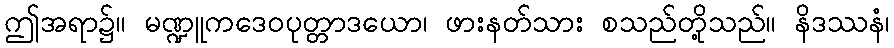
ဤအရာ၌။ မဏ္ဍူကဒေဝပုတ္တာဒယော၊ ဖားနတ်သား စသည်တို့သည်။ နိဒဿနံ၊